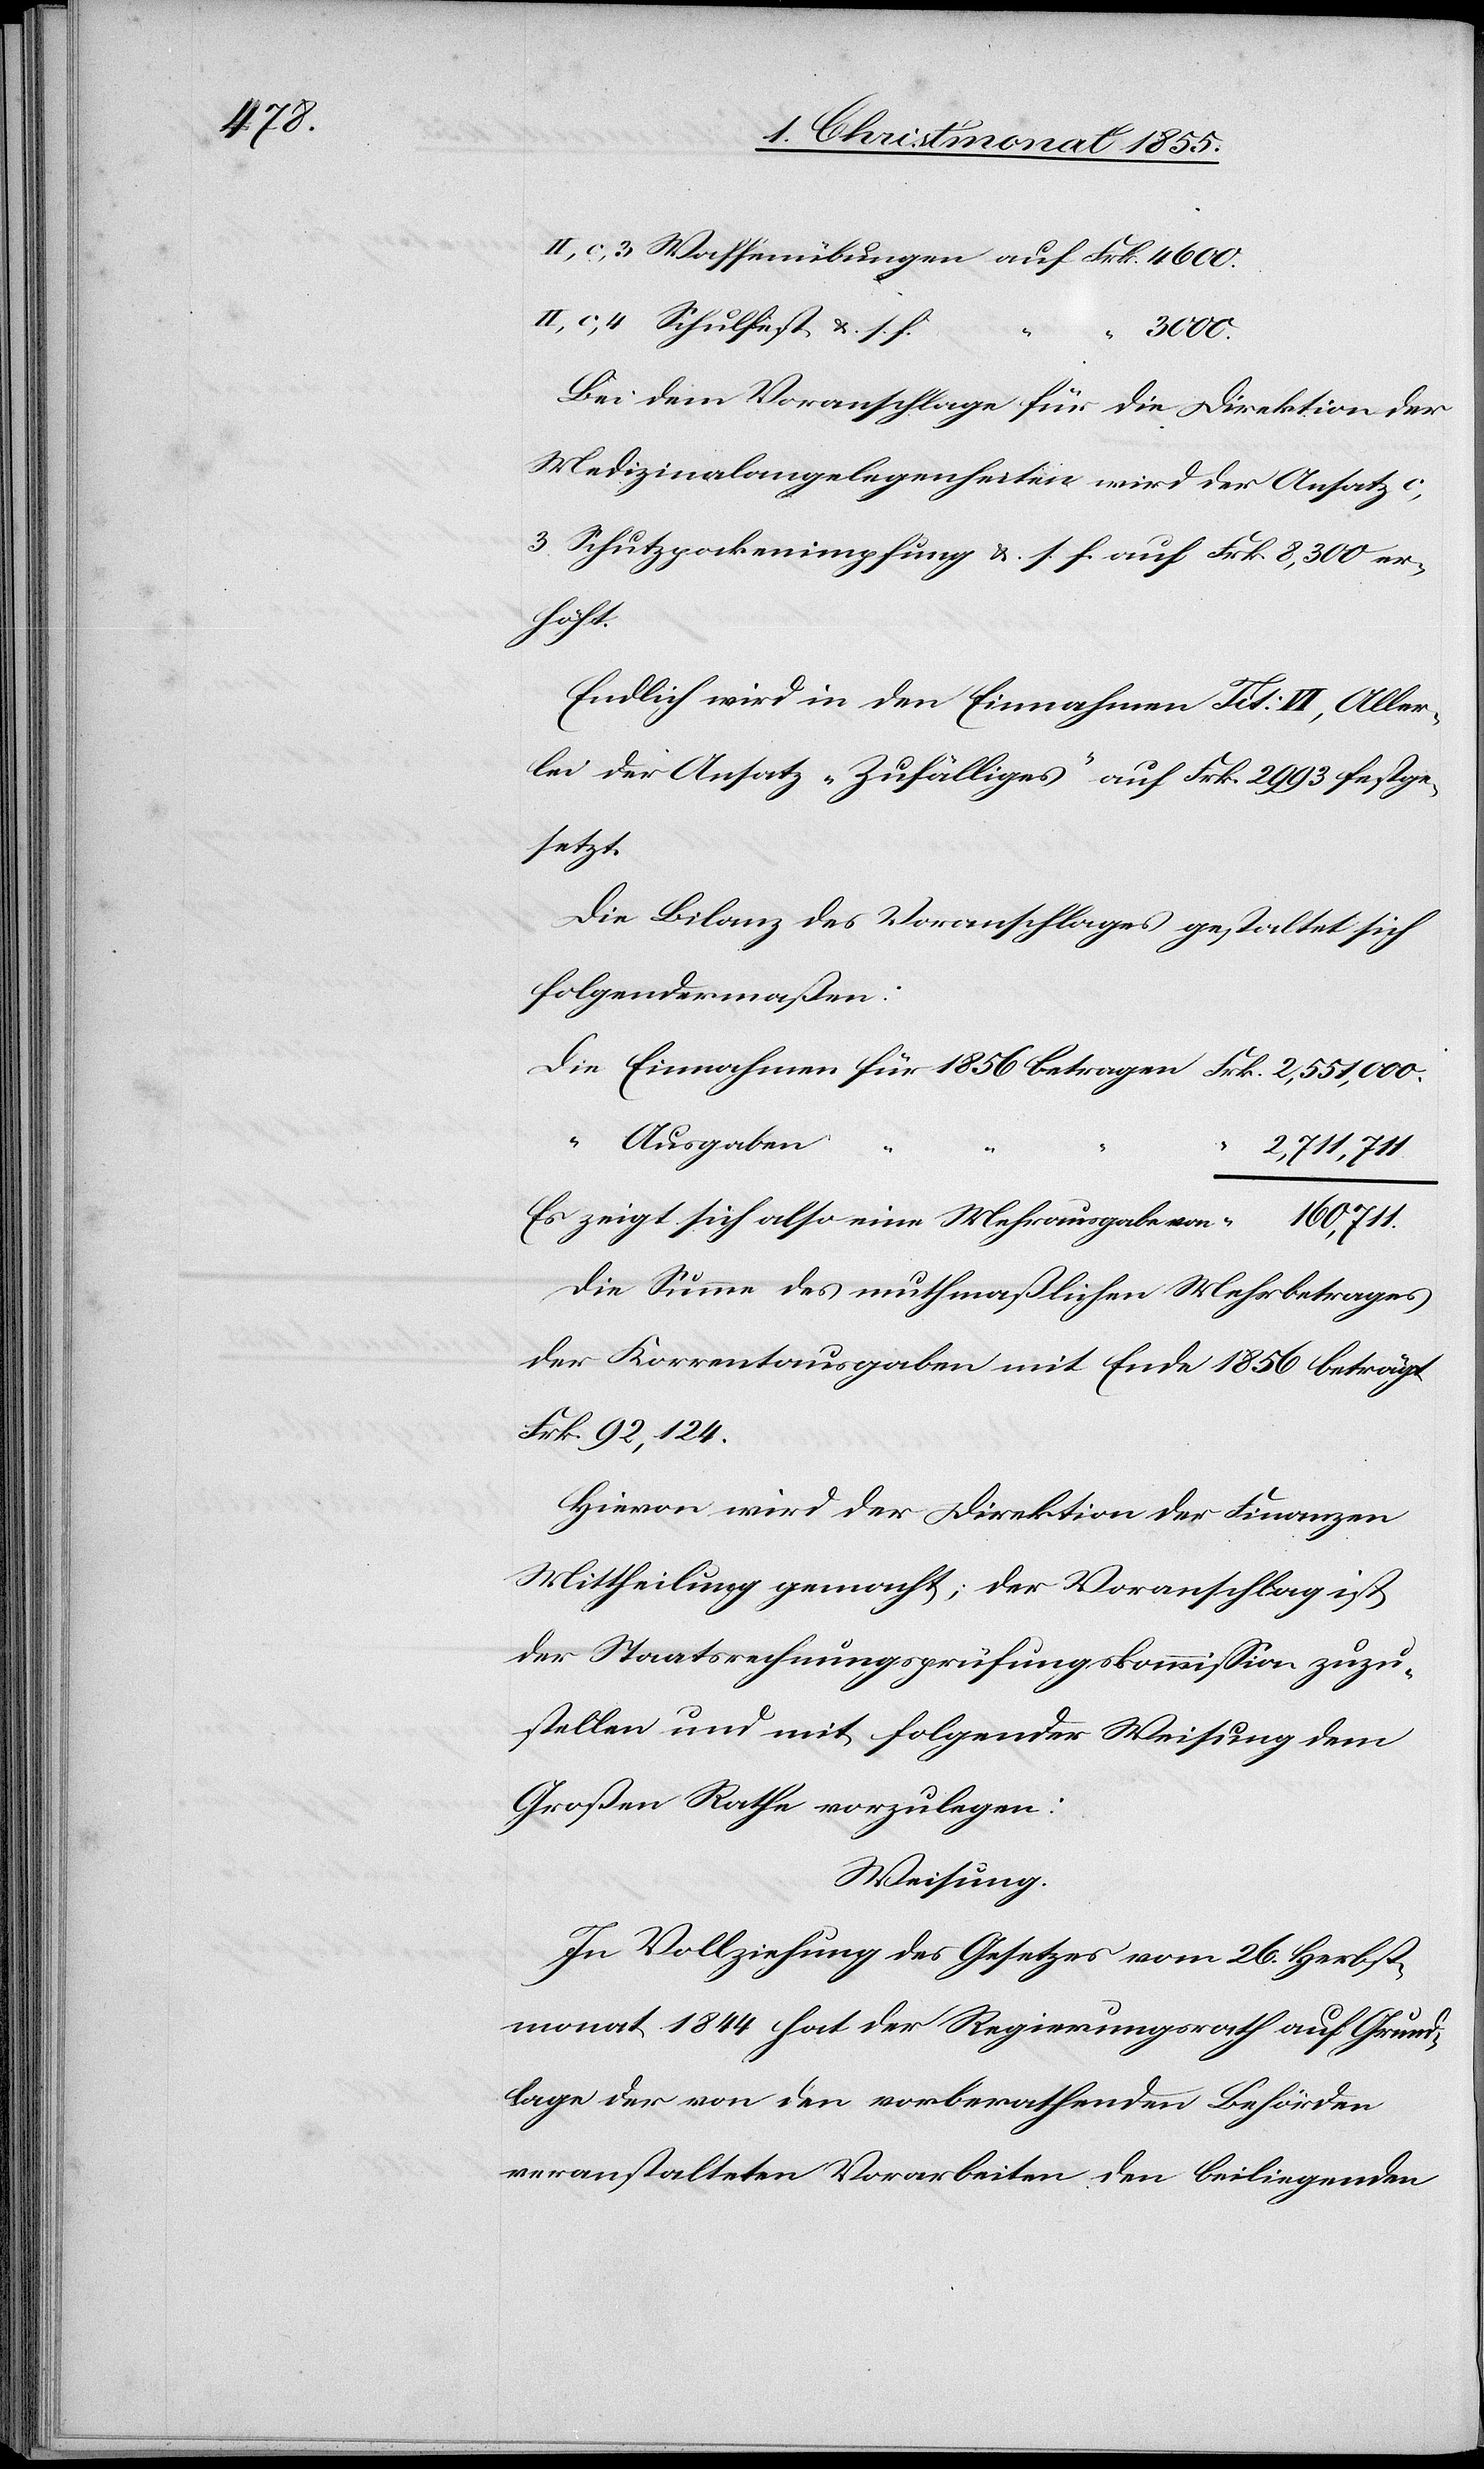
II, c, 3 Waffenübungen auf Frk. 4600.
II, c, 4 Schulfest &. s. f.
1856
Die Einnahmen
Bei dem Voranschlage für die Direktion der
Medizinalangelegenheiten wird der Ansatz c,
3. Schutzpockenimpfung &. s. f. auf Frk. 8,300 er¬
höht.
Endlich wird in den Einnahmen Tit: VI, Aller¬
lei der Ansatz „Zufälliges“ auf Frk. 2993 festge¬
setzt.
Die Bilanz des Voranschlages gestaltet sich
folgendermaßen:
“ Ausgaben
Es zeigt sich also eine Mehrausgabe von
Die Summe des muthmaßlichen Mehrbetrages
der Korrentausgaben mit Ende 1856 beträgt
Frk. 92,124.
Hievon wird der Direktion der Finanzen
Mittheilung gemacht; der Voranschlag ist
der Staatsrechnungsprüfungskommission zuzu¬
stellen und mit folgender Weisung dem
Großen Rathe vorzulegen:
Weisung.
In Vollziehung des Gesetzes vom 26. Herbst¬
monat 1844 hat der Regierungsrath auf Grund¬
lage der von den vorberathenden Behörden
veranstalteten Vorarbeiten den beiliegenden